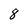
Character: 8